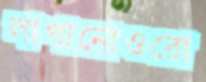
লাগানোওরো